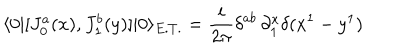
\langle 0 | [ J _ { 0 } ^ { a } ( x ) , J _ { 1 } ^ { b } ( y ) ] | 0 \rangle _ { E . T . } = \frac { i } { 2 \pi } \delta ^ { a b } \, \partial _ { 1 } ^ { x } \delta ( x ^ { 1 } - y ^ { 1 } )